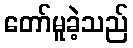
တော်မူခဲ့သည်